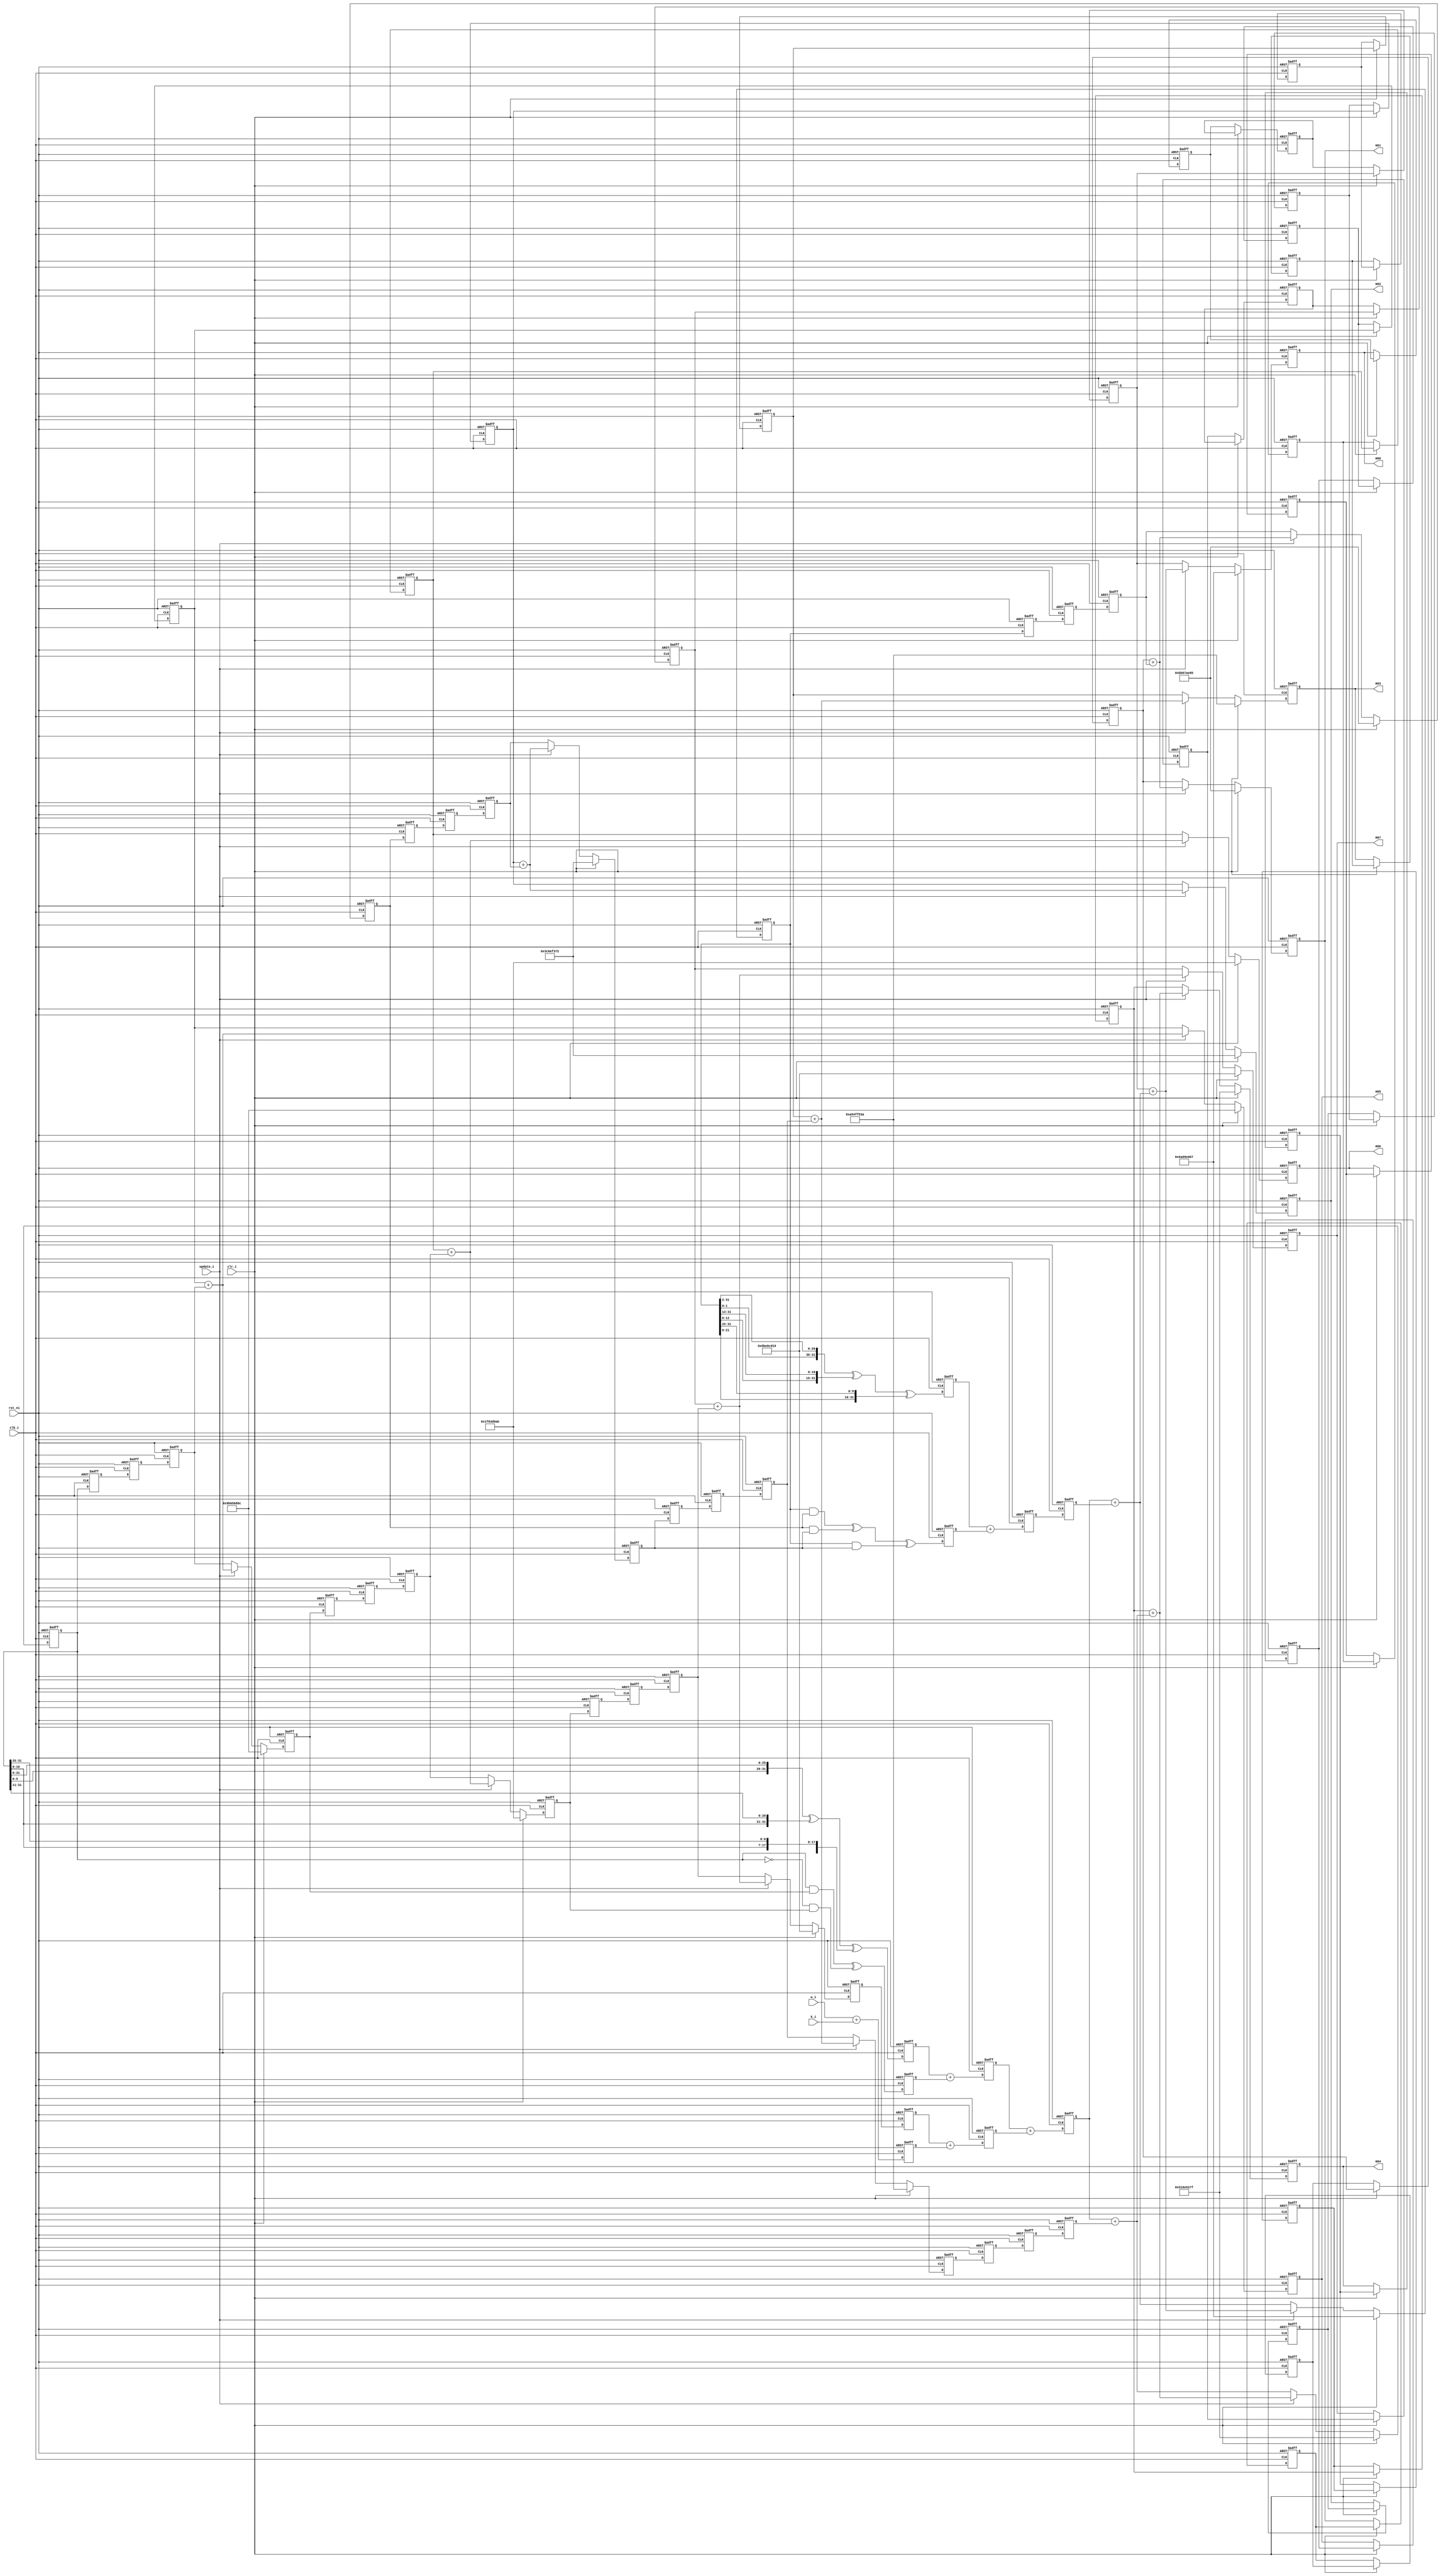
/* 
 * Main loop of SHA256 algorithm
 * It takes 256 cycles to finish 64 iters
 */
module main_loop(
    input clk_i,
    input rst_ni,
    input clr_i,
    input update_i,
    input [31:0] w_i,
    input [31:0] k_i,
    output reg [31:0] H00, // The 1st hash set, the output
    output reg [31:0] H01,
    output reg [31:0] H02,
    output reg [31:0] H03,
    output reg [31:0] H04,
    output reg [31:0] H05,
    output reg [31:0] H06,
    output reg [31:0] H07
);

// FIFOs for hash
reg [31:0] H10, H11, H12, H13, H14, H15, H16, H17; // The 2nd hash set
reg [31:0] H20, H21, H22, H23, H24, H25, H26, H27; // The 3rd hash set
reg [31:0] H30, H31, H32, H33, H34, H35, H36, H37; // The 4th hash set

// FIFOs of abcdefgh
reg [31:0] a0, a1, a2, a3;
reg [31:0] b0, b1, b2, b3;
reg [31:0] c0, c1, c2, c3;
reg [31:0] d0, d1, d2, d3;
reg [31:0] e0, e1, e2, e3;
reg [31:0] f0, f1, f2, f3;
reg [31:0] g0, g1, g2, g3;
reg [31:0] h0, h1, h2, h3;
// w_i and k_i
reg [31:0] w0;
reg [31:0] k0;

wire [31:0] a_rr_2 = {a0[1:0], a0[31:2]};
wire [31:0] a_rr_13 = {a0[12:0], a0[31:13]};
wire [31:0] a_rr_22 = {a0[21:0], a0[31:22]};

wire [31:0] e_rr_6 = {e0[5:0], e0[31:6]};
wire [31:0] e_rr_11 = {e0[10:0], e0[31:11]};
wire [31:0] e_rr_25 = {e0[24:0], e0[31:25]};

wire [31:0] a_and_b, a_and_c, b_and_c, e_and_f, ne_and_g;

assign a_and_b = a0 & b0;
assign a_and_c = a0 & c0;
assign b_and_c = b0 & c0;
assign e_and_f = e0 & f0;
assign ne_and_g = (~e0) & g0;

// Stage 0
reg [31:0] s0, s1, maj, ch, kw;
wire [31:0] s0_w, s1_w, maj_w, ch_w, kw_w;

assign s0_w = a_rr_2 ^ a_rr_13 ^ a_rr_22;
assign s1_w = e_rr_6 ^ e_rr_11 ^ e_rr_25;
assign maj_w = a_and_b ^ b_and_c ^ a_and_c;
assign ch_w = e_and_f ^ ne_and_g;
assign kw_w = w_i + k_i;
// Stage 1
reg [31:0] s0_maj, s1_ch, hkw;
wire [31:0] s0_maj_w, s1_ch_w, hkw_w;

assign s0_maj_w = s0 + maj;
assign s1_ch_w = s1 + ch;
assign hkw_w = h1 + kw;
// Stage 2
reg [31:0] t1, t2;
wire [31:0] t1_w;
wire [31:0] t2_w;
assign t1_w = s1_ch + hkw;
assign t2_w = s0_maj;
// Stage 3
wire [31:0] new_a, new_e;
assign new_a = t1 + t2;
assign new_e = t1 + d3;

wire [31:0] H0_new, H1_new, H2_new, H3_new;
wire [31:0] H4_new, H5_new, H6_new, H7_new;

assign H0_new = H30 + new_a; // H0 = a + H0
assign H1_new = H31 + a3;    // H1 = b + H1
assign H2_new = H32 + b3;    // H2 = c + H2
assign H3_new = H33 + c3;    // H3 = d + H3
assign H4_new = H34 + new_e; // H4 = e + H4
assign H5_new = H35 + e3;    // H5 = f + H5
assign H6_new = H36 + f3;    // H6 = g + H6
assign H7_new = H37 + g3;    // H7 = h + H7

always @(posedge clk_i or negedge rst_ni) begin
    if (~rst_ni) begin
        // Reset hash values
        H00 <= 32'h6a09e667;
        H01 <= 32'hbb67ae85;
        H02 <= 32'h3c6ef372;
        H03 <= 32'ha54ff53a;
        H04 <= 32'h510e527f;
        H05 <= 32'h9b05688c;
        H06 <= 32'h1f83d9ab;
        H07 <= 32'h5be0cd19;
        H10 <= 32'h6a09e667;
        H11 <= 32'hbb67ae85;
        H12 <= 32'h3c6ef372;
        H13 <= 32'ha54ff53a;
        H14 <= 32'h510e527f;
        H15 <= 32'h9b05688c;
        H16 <= 32'h1f83d9ab;
        H17 <= 32'h5be0cd19;
        H20 <= 32'h6a09e667;
        H21 <= 32'hbb67ae85;
        H22 <= 32'h3c6ef372;
        H23 <= 32'ha54ff53a;
        H24 <= 32'h510e527f;
        H25 <= 32'h9b05688c;
        H26 <= 32'h1f83d9ab;
        H27 <= 32'h5be0cd19;
        H30 <= 32'h6a09e667;
        H31 <= 32'hbb67ae85;
        H32 <= 32'h3c6ef372;
        H33 <= 32'ha54ff53a;
        H34 <= 32'h510e527f;
        H35 <= 32'h9b05688c;
        H36 <= 32'h1f83d9ab;
        H37 <= 32'h5be0cd19;
    end else begin
        if (clr_i) begin
            // Clear 1st hash set
            H00 <= 32'h6a09e667;
            H01 <= 32'hbb67ae85;
            H02 <= 32'h3c6ef372;
            H03 <= 32'ha54ff53a;
            H04 <= 32'h510e527f;
            H05 <= 32'h9b05688c;
            H06 <= 32'h1f83d9ab;
            H07 <= 32'h5be0cd19;
        end else begin 
            if (update_i) begin
                // Update output hash value
                H00 <= H0_new;
                H01 <= H1_new;
                H02 <= H2_new;
                H03 <= H3_new;
                H04 <= H4_new;
                H05 <= H5_new;
                H06 <= H6_new;
                H07 <= H7_new;
            end else begin
                // FIFOs for hash
                H00 <= H30;
                H01 <= H31;
                H02 <= H32;
                H03 <= H33;
                H04 <= H34;
                H05 <= H35;
                H06 <= H36;
                H07 <= H37;
            end
            // FIFOs for hash
            // 1st -> 2nd
            H10 <= H00;
            H11 <= H01;
            H12 <= H02;
            H13 <= H03;
            H14 <= H04;
            H15 <= H05;
            H16 <= H06;
            H17 <= H07;
            // 2nd -> 3rd
            H20 <= H10;
            H21 <= H11;
            H22 <= H12;
            H23 <= H13;
            H24 <= H14;
            H25 <= H15;
            H26 <= H16;
            H27 <= H17;
            // 3rd -> 4th
            H30 <= H20;
            H31 <= H21;
            H32 <= H22;
            H33 <= H23;
            H34 <= H24;
            H35 <= H25;
            H36 <= H26;
            H37 <= H27;
        end
    end   
end

always @(posedge clk_i or negedge rst_ni) begin
    if (~rst_ni) begin
        a0 <= 32'd0;
        b0 <= 32'd0;
        c0 <= 32'd0;
        d0 <= 32'd0;
        e0 <= 32'd0;
        f0 <= 32'd0;
        g0 <= 32'd0;
        h0 <= 32'd0;

        a1 <= 32'd0;
        a2 <= 32'd0;
        a3 <= 32'd0;

        b1 <= 32'd0;
        b2 <= 32'd0;
        b3 <= 32'd0;

        c1 <= 32'd0;
        c2 <= 32'd0;
        c3 <= 32'd0;

        d1 <= 32'd0;
        d2 <= 32'd0;
        d3 <= 32'd0;

        e1 <= 32'd0;
        e2 <= 32'd0;
        e3 <= 32'd0;

        f1 <= 32'd0;
        f2 <= 32'd0;
        f3 <= 32'd0;

        g1 <= 32'd0;
        g2 <= 32'd0;
        g3 <= 32'd0;

        h1 <= 32'd0;
        h2 <= 32'd0;
        h3 <= 32'd0;

        w0 <= 32'd0;
        k0 <= 32'd0;

        s0 <= 32'd0;
        maj <= 32'd0;
        s1 <= 32'd0;
        ch <= 32'd0;
        kw <= 32'd0;

        s0_maj <= 32'd0;
        s1_ch <= 32'd0;
        hkw <= 32'd0;

        t2 <= 32'd0;
        t1 <= 32'd0;
    end else begin
        // Main loop caculation
        // w_i and k_i
        w0 <= w_i;
        k0 <= k_i;
        // Stage 0
        s0 <= s0_w;   // s0 <= a_rr_2 ^ a_rr_13 ^ a_rr_22;
        maj <= maj_w; //maj <= a_and_b ^ b_and_c ^ a_and_c;
        s1 <= s1_w;   // s1 <= e_rr_6 ^ e_rr_11 ^ e_rr_25;
        ch <= ch_w;   // ch <= e_and_f ^ ne_and_g;
        kw <= kw_w;   //kw <= w0 + k0;
        // Stage 1
        s0_maj <= s0_maj_w; // s0_maj <= s0 + maj;
        s1_ch <= s1_ch_w;   // s1_ch <= s1 + ch;
        hkw <= hkw_w;// hkw <= h1 + kw;
        // Stage 2
        t2 <= t2_w;
        t1 <= t1_w;  // t1 <= s1_ch + hkw;
        // Stage 3 begin
        if (clr_i) begin
            a0 <= 32'h6a09e667;
            b0 <= 32'hbb67ae85;
            c0 <= 32'h3c6ef372;
            d0 <= 32'ha54ff53a;
            e0 <= 32'h510e527f;
            f0 <= 32'h9b05688c;
            g0 <= 32'h1f83d9ab;
            h0 <= 32'h5be0cd19;
        end else if (update_i) begin
            // Update abcdefgh for new chunk
            a0 <= H0_new;
            b0 <= H1_new;
            c0 <= H2_new;
            d0 <= H3_new;
            e0 <= H4_new;
            f0 <= H5_new;
            g0 <= H6_new;
            h0 <= H7_new;
        end else begin
            // abcdefgh for new main loop iter
            a0 <= new_a;
            e0 <= new_e;
            b0 <= a3;
            c0 <= b3;
            d0 <= c3;
            f0 <= e3;
            g0 <= f3;
            h0 <= g3;
        end
        // Stage 3 end
        // FIFOs for abcdefgh
        // a0 ~ h0 is given in stage 3 of main loop
        a1 <= a0;
        a2 <= a1;
        a3 <= a2;
        b1 <= b0;
        b2 <= b1;
        b3 <= b2;
        c1 <= c0;
        c2 <= c1;
        c3 <= c2;
        d1 <= d0;
        d2 <= d1;
        d3 <= d2;
        e1 <= e0;
        e2 <= e1;
        e3 <= e2;
        f1 <= f0;
        f2 <= f1;
        f3 <= f2;
        g1 <= g0;
        g2 <= g1;
        g3 <= g2;
        h1 <= h0;
        h2 <= h1;
        h3 <= h2;
    end
end

endmodule